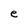
Character: e